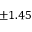
\pm 1 . 4 5